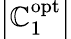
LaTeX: \left|{\mathbb{C}_{1}^{\mathrm{{{opt}}}}}\right|